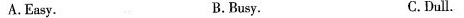
A.Easy. B.Busy. C.Duill.